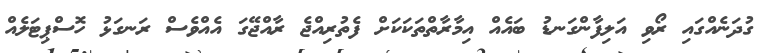
ގުދަނެއްގައި ރޯވި އަލިފާންގަނޑު ބައެއް އިމާރާތްތަކަކަށް ފެތުރިއްޖެ ރާއްޖޭގަ އެއްވެސް ރަނގަޅު ހޮސްޕިޓަލެއް